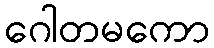
ဂေါတမကော